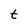
Character: t